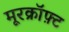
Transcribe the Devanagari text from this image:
मूरक्रॉफ़्ट